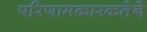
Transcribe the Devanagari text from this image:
परिणामकारकतेने